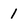
Character: 1